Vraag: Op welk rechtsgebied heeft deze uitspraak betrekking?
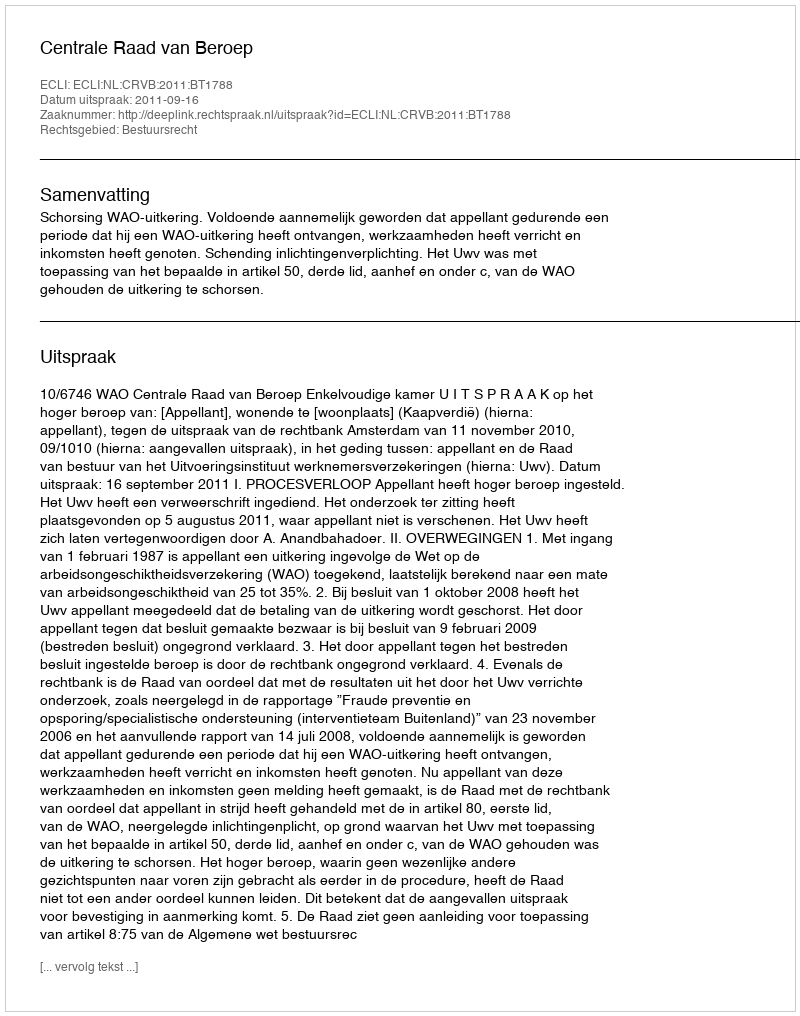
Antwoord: Bestuursrecht